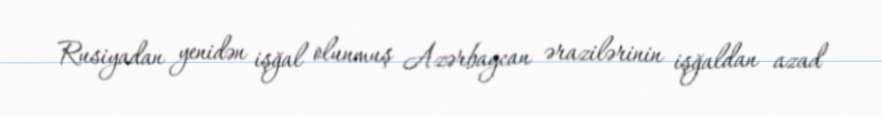
Rusiyadan yenidən işğal olunmuş Azərbaycan ərazilərinin işğaldan azad